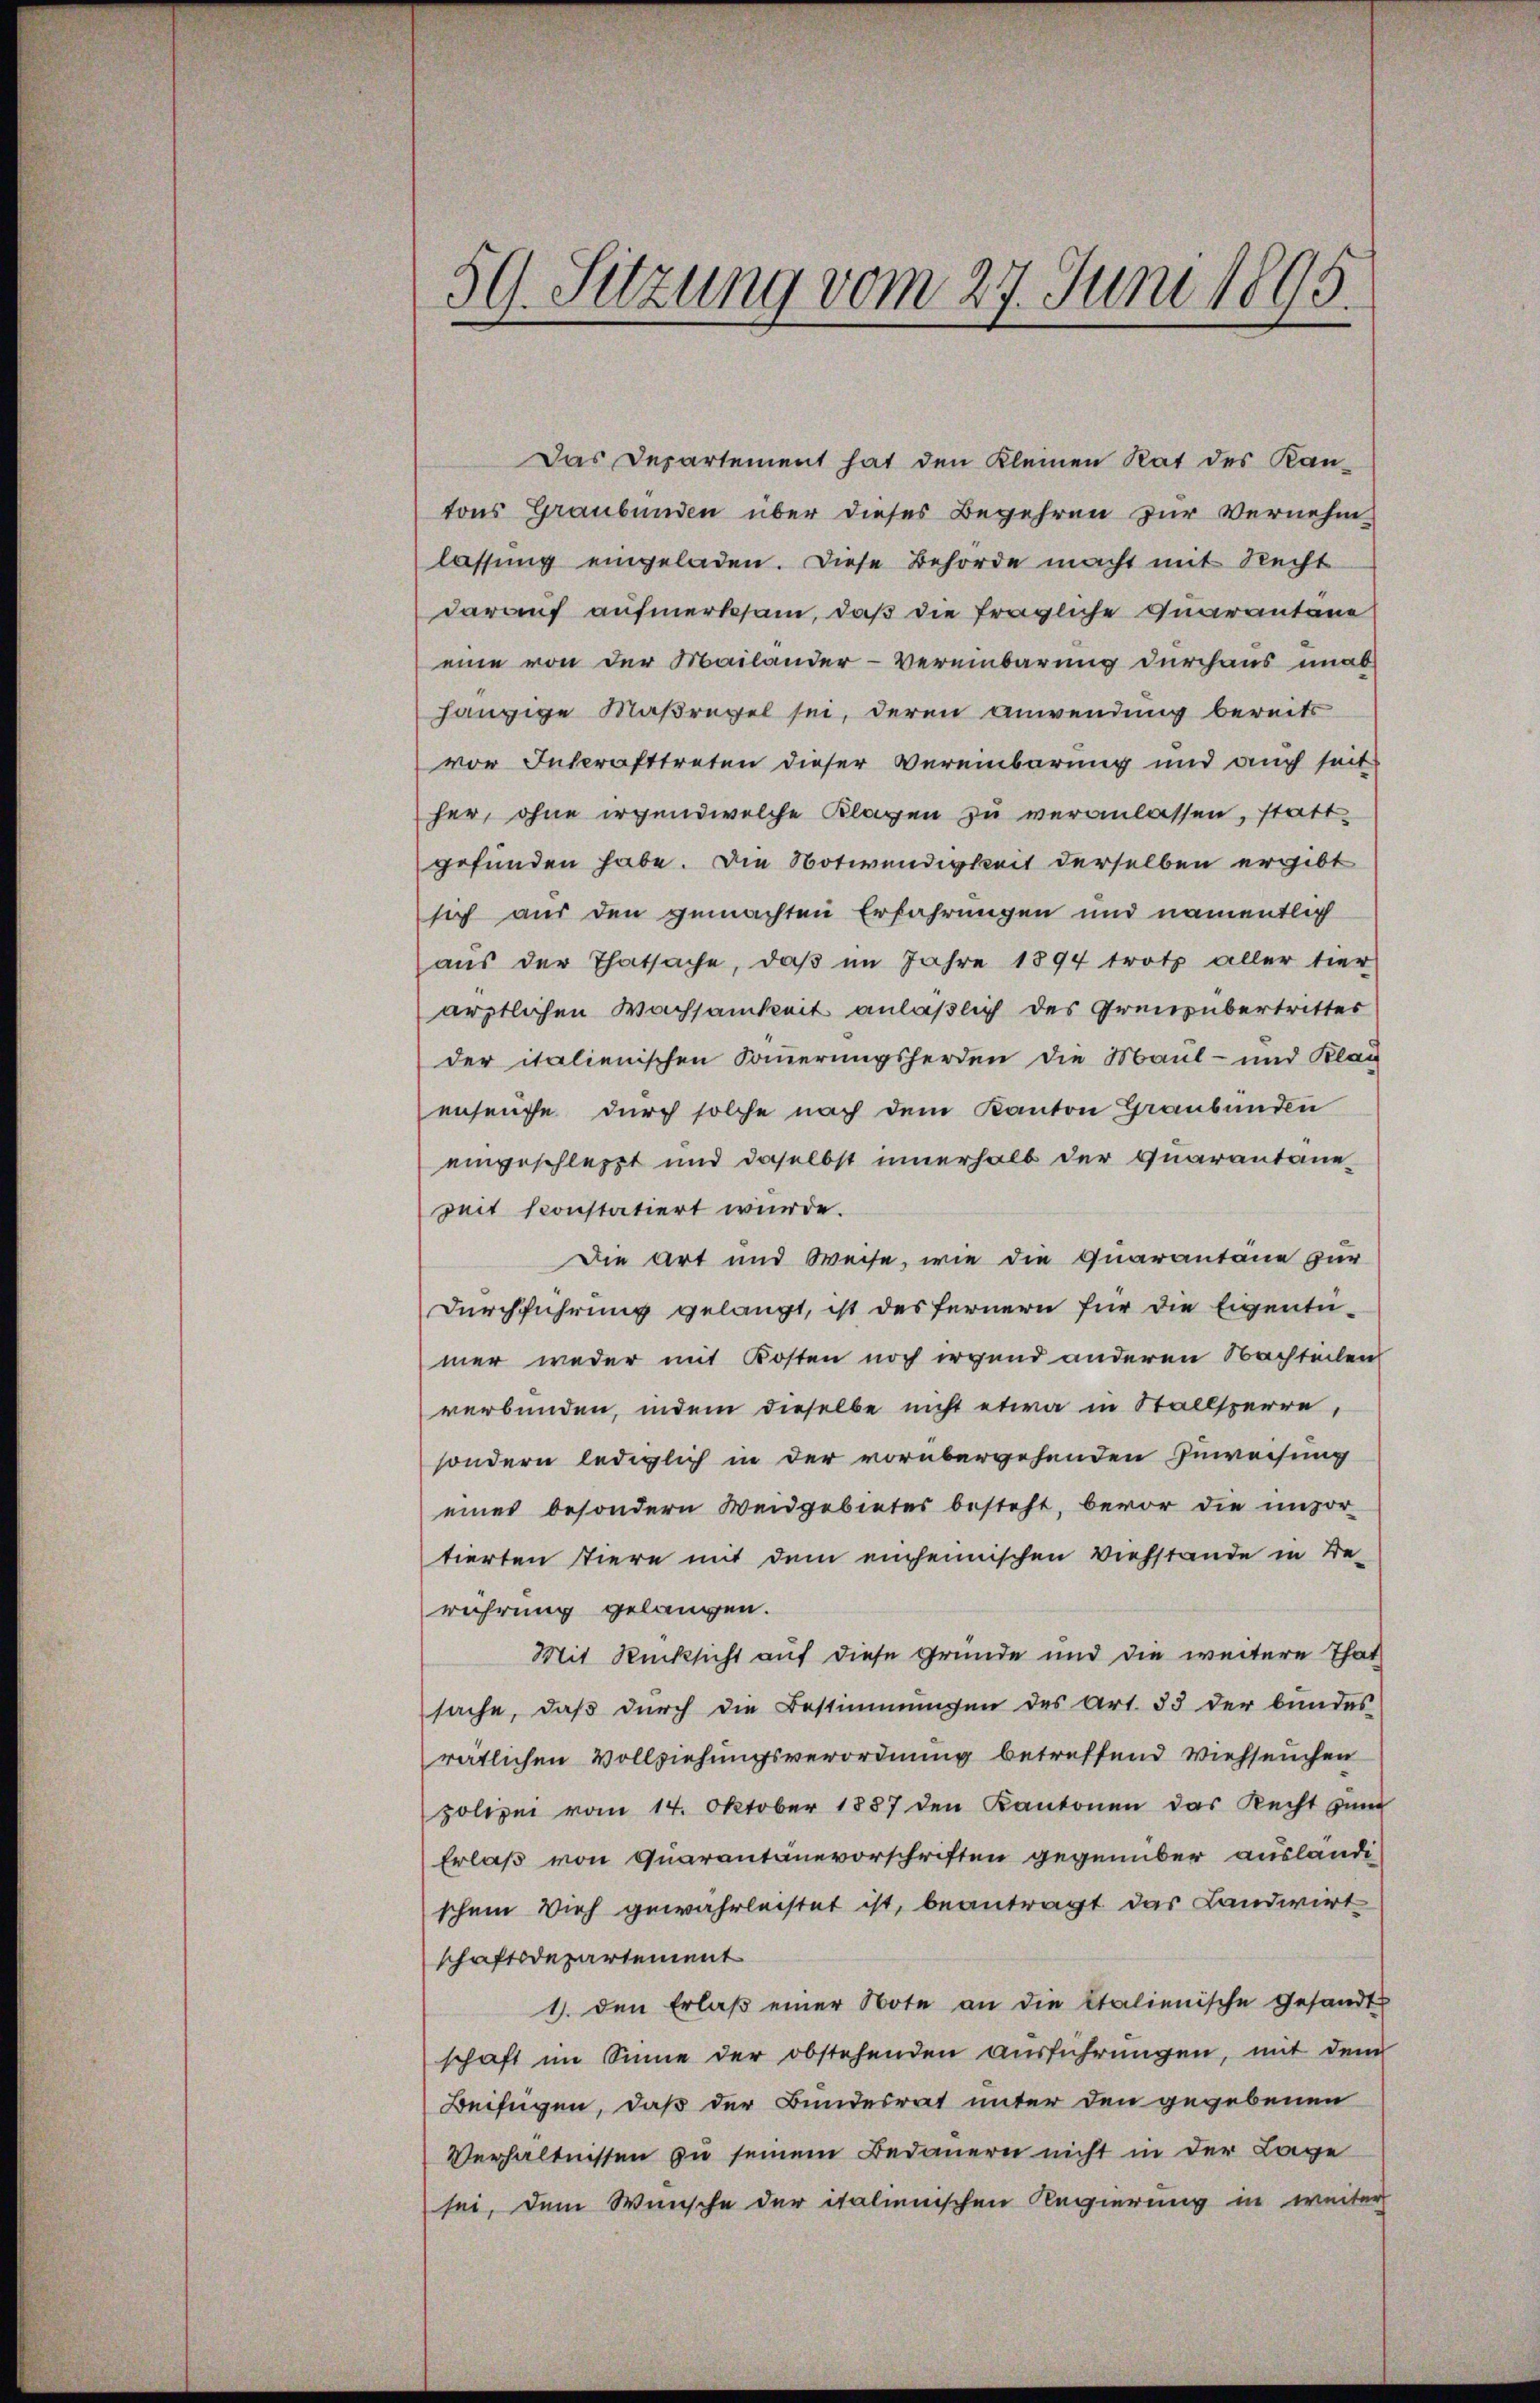
59. Sitzung vom 27. Juni 1895.

Das Departement hat den Kleinen Rat des Kan-
tons Graubünden über dieses Begehren zur Vernehmlassung eingeladen. Diese Behörde macht mit Recht
darauf aufmerksam, daß die fragliche Quarantane
eine von der Mailander-Vereinbarung durchaus unab
hängige Maßregel sei, deren anwendung bereits
vor Inkrafttreten dieser Vereinbarung und auch seit
her, ohne irgendwelche Klagen zu veranlassen, statt
gefunden habe. Die Notwendigkeit derselben ergibt
sich aus den gemachten Erfahrungen und namentlich
aus der Thatsache, daβ im Jahre 1894 trotz aller tier
ärztlichen Wachsamkeit anläßlich des Grenz übertrittes
der italienischen Sommerungsherden die Maul- und Klag
enseuche durch solche nach dem Kanton Graubünden
eingeschleppt und daselbst innerhalb der Quarantaneseit konstatiert wurde.
Die Art und Weise, wie die Quarantäne zur
Durchführung gelangt, ist des fernern für die Eigentü-
mer weder mit Kosten noch irgend anderen Nachteilen
verbunden, indem dieselbe nicht etwa in Stallsperre,
sondern lediglich in der vorübergehenden Zuweisung
einer besondern Weidgebietes besteht, bevor die unvor-
tierten Tiere mit dem einheimischen Viehstande in Be-
rährung gelangen.
Mit Rücksicht auf diese Gründe und die weitere That
sache, daß durch die Bestimmungen des Art. 33 der bundes
ratlichen Vollziehungsverordnung betreffend Viehseuchen
polizei vom 14. Oktober 1837 den Kantonen das Recht zum
Erlaß von Quarantanevorschriften gegenüber auslände
schein Vieh gewährleistet ist, beantragt das Landwirt
schaftsdepartement
1. den Erlaβ einer Note an die Italienische gesandt
schaft im Sinne der obstehenden Ausführungen, mit dem
Beifügen, daß der Bundesrat unter den gegebenen
Verhältnissen zu seinem Bedauern nicht in der Lage
sei, dem Wunsche der italienischen Regierung in weiter